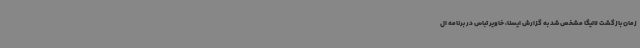
زمان بازگشت لالیگا مشخص شد به گزارش ایسنا، خاویر تباس در برنامه ال